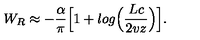
W _ { R } \approx - { \frac { \alpha } { \pi } } \Bigl [ 1 + l o g \Bigl ( { \frac { L c } { 2 v z } } \Bigr ) \Bigr ] .